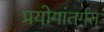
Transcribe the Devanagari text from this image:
प्रयोगांतर्गत